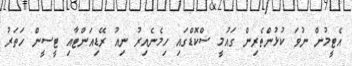
އެޓީމުން ނުވަ ކުޅުންތެރިން ގައުމީ ސްކޮޑްގައި ހިމެނެއިރު ނިއު ރޭޑިއަންޓާއި ޓީސީން ހަތަރު